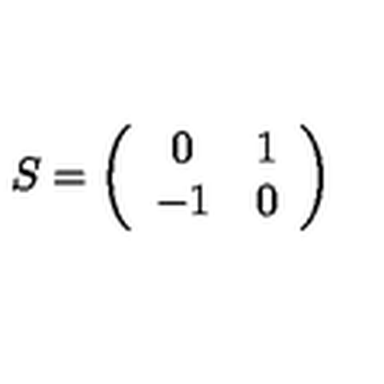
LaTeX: S = \left( \begin{array} { c c } { 0 } & { 1 } \\ { - 1 } & { 0 } \\ \end{array} \right)